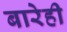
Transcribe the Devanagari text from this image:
बारेही